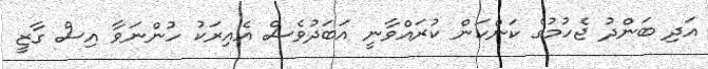
އަދި ބަންދު ޖެހުމުގެ ކަންކަން ކުރައްވާނީ އަބަދުވެސް އެއިރަކު ހުންނަވާ އިސް ގާޒީ